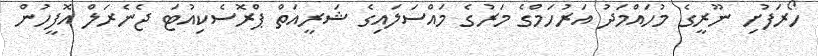
ހޯރަފުށި ނޫރީގެ މުހައްމަދު އަރުހަމްގެ މަރުގެ މައްސަލައިގެ ޝަރީއަތް ޕްރޮސެކިއުޓަ ޖެނެރަލް އޮފީހުން